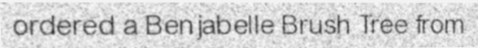
ordered a Benjabelle Brush Tree from